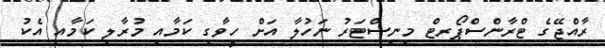
ރާއްޖޭގެ ޓްރާންސްޕޯރޓް މިނިސްޓަރު ނަހުލާ އަށް ހީވާގި ކަމާއި މުރާލި ކަމާއި އެކު